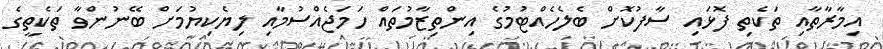
އިމާރާތާއި ތަކެތި ފޮޅައި ސާފުކޮށް ބެލެހެއްޓުމުގެ އިންތިޒާމުތައް ހަމަޖެއްސުމާއި ލިޔެކިޔުމަށް ބޭނުންވާ ތަކެތީގެ